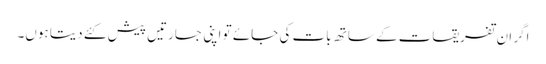
اگر ان تفریقات کے ساتھ بات کی جائے تو اپنی جسارتیں پیش کئے دیتا ہوں۔